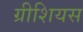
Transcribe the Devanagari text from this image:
ग्रीशियस